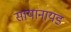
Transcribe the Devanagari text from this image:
सायानायड